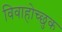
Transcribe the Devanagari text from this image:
विवाहोच्छुक